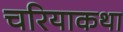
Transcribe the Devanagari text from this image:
चरियाकथा